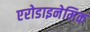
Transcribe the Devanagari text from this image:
एरोडाइनेमिक